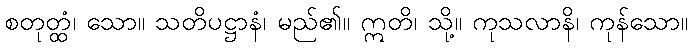
စတုတ္ထံ၊ သော။ သတိပဋ္ဌာနံ၊ မည်၏။ ဣတိ၊ သို့။ ကုသလာနိ၊ ကုန်သော။